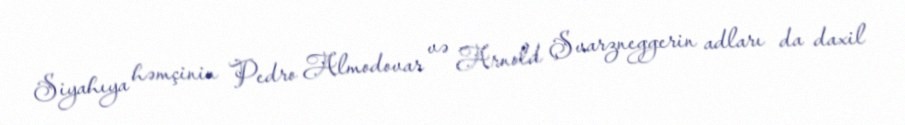
Siyahıya həmçinin Pedro Almodovar və Arnold Şvarzneggerin adları da daxil